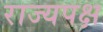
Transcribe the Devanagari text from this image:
राज्यपक्ष